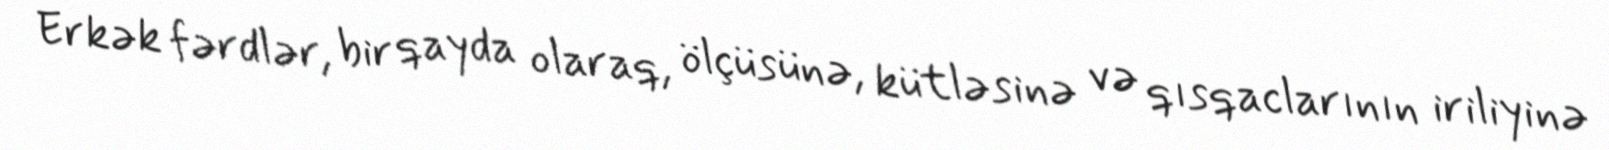
Erkək fərdlər, bir qayda olaraq, ölçüsünə, kütləsinə və qısqaclarının iriliyinə